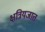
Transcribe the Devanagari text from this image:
क्षत्रियजात